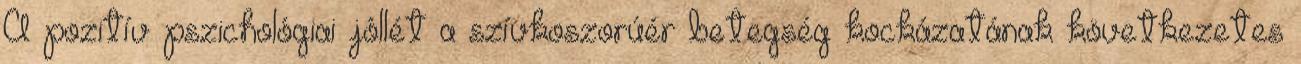
A pozitív pszichológiai jóllét a szívkoszorúér betegség kockázatának következetes